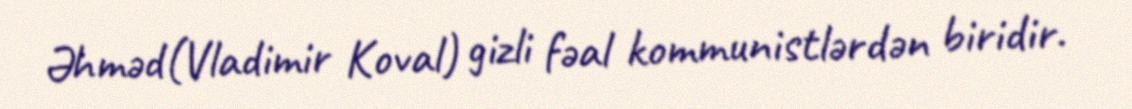
Əhməd(Vladimir Koval) gizli fəal kommunistlərdən biridir.